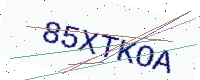
Text: 85XTKOA